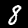
Label: 8